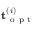
\mathbf { t } _ { \mathrm { ~ o ~ p ~ t ~ } } ^ { ( i ) }